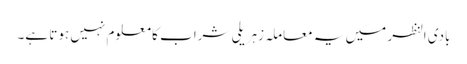
بادی النظر میں یہ معاملہ زہریلی شراب کا معلوم نہیں ہوتا ہے۔